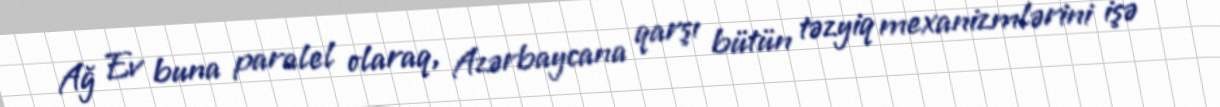
Ağ Ev buna paralel olaraq, Azərbaycana qarşı bütün təzyiq mexanizmlərini işə